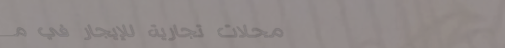
محلات تجارية للإيجار في م